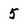
Character: 5